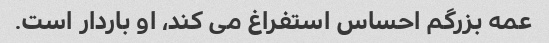
عمه بزرگم احساس استفراغ می کند، او باردار است.